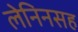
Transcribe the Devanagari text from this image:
लेनिनसह